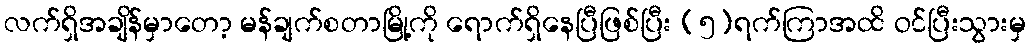
လက်ရှိအချိန်မှာတော့ မန်ချက်စတာမြို့ကို ရောက်ရှိနေပြီဖြစ်ပြီး (၅)ရက်ကြာအထိ ဝင်ပြီးသွားမှ